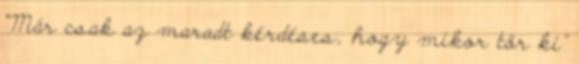
“Már csak az maradt kérdéses, hogy mikor tör ki”